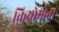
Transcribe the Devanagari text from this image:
कियोमोता